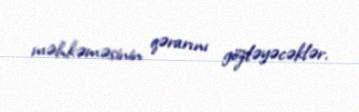
məhkəməsinin qərarını gözləyəcəklər.